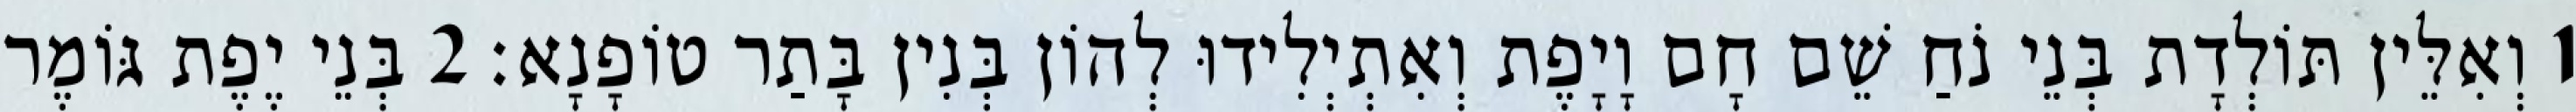
1 וְאִלֵּין תּוֹלְדָת בְּנֵי נֹחַ שֵׁם חָם וָיָפֶת וְאִתְיְלִידוּ לְהוֹן בְּנִין בָּתַר טוֹפָנָא׃ 2 בְּנֵי יֶפֶת גּוֹמֶר